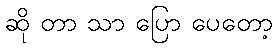
ဆို တာ သာ ပြော ပေတော့